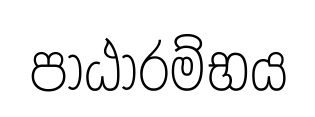
පාඨාරම්භය